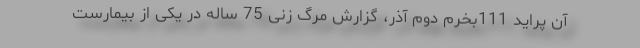
آن پراید 111بخرم دوم آذر، گزارش مرگ زنی 75 ساله در یکی از بیمارست